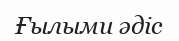
Ғылыми әдіс